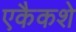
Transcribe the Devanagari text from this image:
एकैकशे